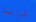
غراند